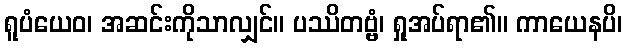
ရူပံယေဝ၊ အဆင်းကိုသာလျှင်။ ပဿိတဗ္ဗံ၊ ရှုအပ်ရာ၏။ ကာယေနပိ၊